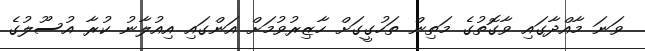
ވަނަ މާއްދާގައި ވާގޮތުގެ މަތިން ތަހުގީގަށް ހާޒިރުވުމަށް އަންގައި އިއުލާނު ކުރާ އުސޫލުގެ